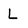
Character: L